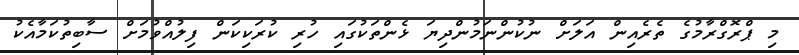
މި ޕްރޮގްރާމުގެ ތެރެއިން އަލަށް ނުކުންނަމުންދިޔަ ޅެންތަކުގައި ހުރި ކުރަކިކަން ފިލުއްވުމަށް ސާބިތުކަމާއެކު